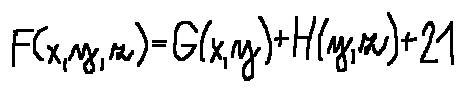
F ( x , y , z ) = G ( x , y ) + H ( y , z ) + 2 1